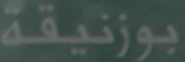
بوزنيقة